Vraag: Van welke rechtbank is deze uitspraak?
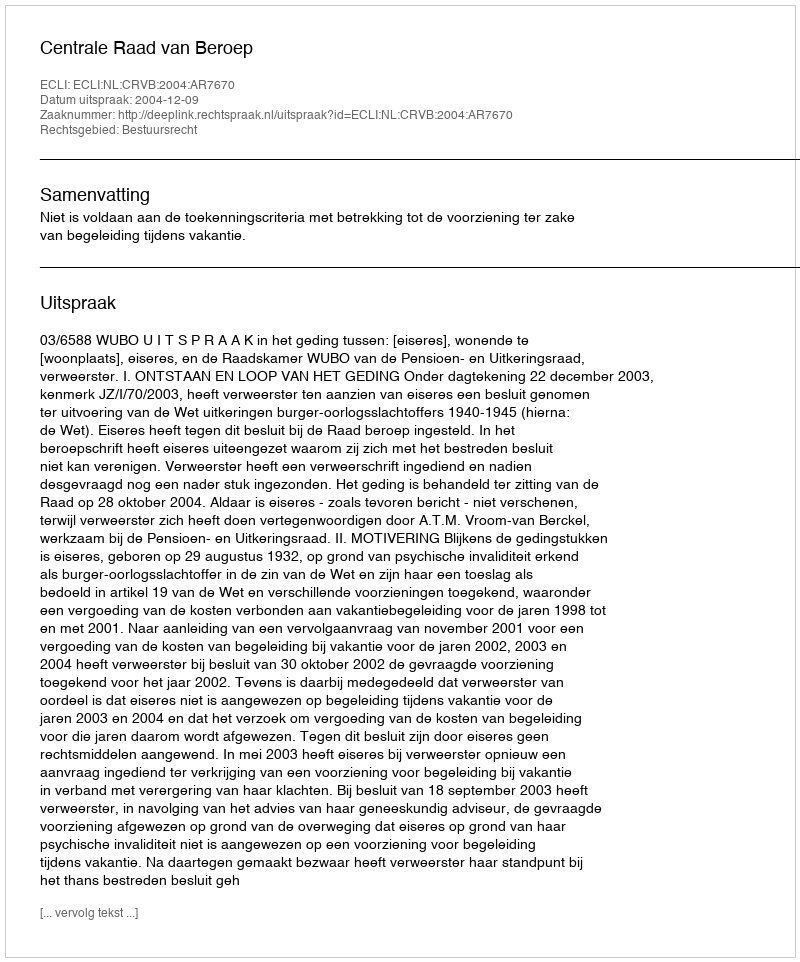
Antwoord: Centrale Raad van Beroep